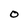
Character: O